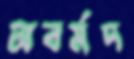
অবর্মদ